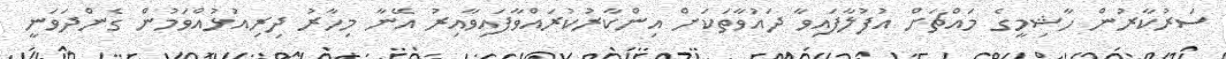
ސަރުކާރުން ހާޝިމީގެ މައްޗަށް އުފުލާފައިވާ ދައުވާތަކަށް އިންކާރުކުރައްވާފައިވާއިރު އޭނާ މިހާރު ދިރިއުޅުއްވަމުން ގެންދަވަނީ